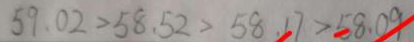
5 9 . 0 2 > 5 8 . 5 2 > 5 8 . 1 7 > 5 8 . 0 9